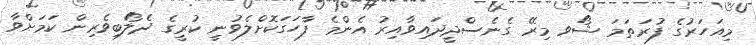
މިއަހަރުގެ ފުރަތަމަ ޝޯވ މިރޭ ގެނެސްދީދައިވާއިރު އެންމެ ފާހަގަކޮށްލެވުނީ ކުރީގެ ދެލޯބިވެރިން ކަމަށްވާ